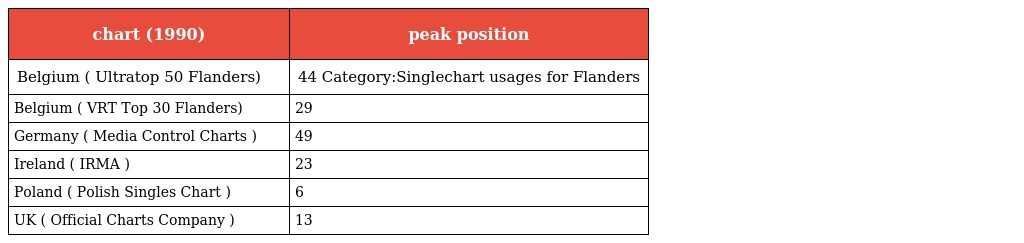
| chart (1990) | peak position |
 | --- | --- |
 | Belgium ( Ultratop 50 Flanders) | 44 Category:Singlechart usages for Flanders |
 | Belgium ( VRT Top 30 Flanders) | 29 |
 | Germany ( Media Control Charts ) | 49 |
 | Ireland ( IRMA ) | 23 |
 | Poland ( Polish Singles Chart ) | 6 |
 | UK ( Official Charts Company ) | 13 |